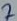
Text: 7